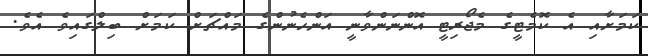
ކަމަށާއި އެ ކޮމެޓީގެ މެޖޯރިޓީ އޮންނަންވާނީ އަންހެނުންގެ މައްޗަށް ކަމަށް ބިލްގައިވެ އެވެ.